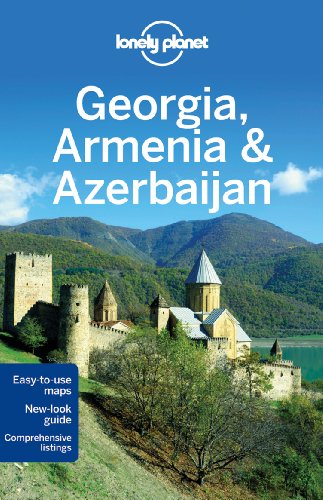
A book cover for Lonely Planet Georgia, Armenia & Azerbaijan (Travel Guide); Lonely Planet; Travel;